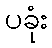
ပခုံး